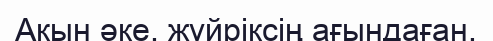
Ақын әке, жүйріксің ағындаған.